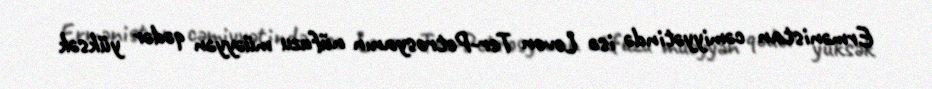
Ermənistan cəmiyyətində isə Levon Ter-Petrosyanın nüfuzu müəyyən qədər yüksək